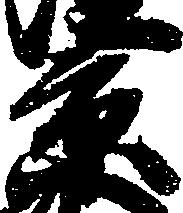
景